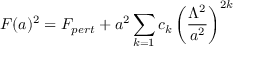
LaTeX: F ( a ) ^ { 2 } = F _ { p e r t } + a ^ { 2 } \sum _ { k = 1 } c _ { k } \left( \frac { \Lambda ^ { 2 } } { a ^ { 2 } } \right) ^ { 2 k }